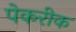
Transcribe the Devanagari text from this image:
पेकरीक